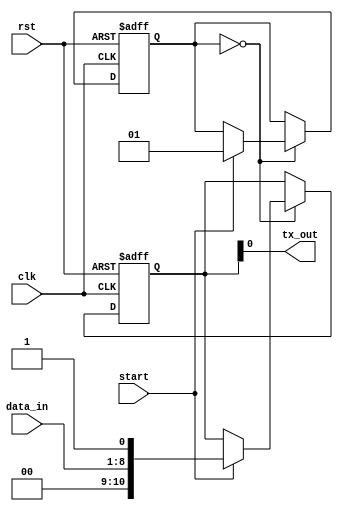
module uart_transmitter (
    input wire clk,
    input wire rst,
    input wire start,
    input wire [7:0] data_in,  // 8-bit data to be transmitted
    output wire tx_out
);

reg [10:0] shift_register; // 11-bit shift register to store data
reg [3:0] baud_counter; // 4-bit counter for baud rate generation
reg [1:0] control_state; // 2-bit state machine for control unit

// Baud rate settings (adjustable)
parameter BAUD_RATE = 9600;

// State definitions for control unit
parameter IDLE = 2'b00;
parameter START_BIT = 2'b01;
parameter TRANSMIT_DATA = 2'b10;
parameter STOP_BIT = 2'b11;

always @ (posedge clk or posedge rst) begin
    if (rst) begin
        shift_register <= 11'b00000000000;
        baud_counter <= 4'b0000;
        control_state <= IDLE;
    end else begin
        case (control_state)
            IDLE: begin
                if (start) begin
                    shift_register <= {1'b0, data_in, 1'b1};
                    baud_counter <= 4'b0001;
                    control_state <= START_BIT;
                end
            end
            START_BIT: begin
                if (baud_counter == BAUD_RATE) begin
                    baud_counter <= 4'b0000;
                    control_state <= TRANSMIT_DATA;
                end else begin
                    baud_counter <= baud_counter + 1;
                end
            end
            TRANSMIT_DATA: begin
                if (baud_counter == BAUD_RATE) begin
                    shift_register <= {1'b0, shift_register[10:1]};
                    baud_counter <= 4'b0000;
                    if (shift_register[0]) begin
                        control_state <= STOP_BIT;
                    end
                end else begin
                    baud_counter <= baud_counter + 1;
                end
            end
            STOP_BIT: begin
                if (baud_counter == BAUD_RATE) begin
                    control_state <= IDLE;
                end else begin
                    baud_counter <= baud_counter + 1;
                end
            end
        endcase
    end
end

assign tx_out = shift_register[0];

endmodule